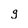
Character: g